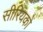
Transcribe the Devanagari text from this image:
सीरियकों